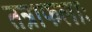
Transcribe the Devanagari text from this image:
तत्राफलाः